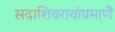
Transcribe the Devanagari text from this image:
सदाशिवरावांप्रमाणेे